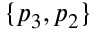
\{ p _ { 3 } , p _ { 2 } \}